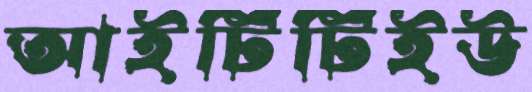
আইটিটিইউ